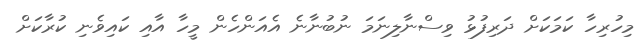
މިހުރިހާ ކަމަކަށް ދަރިފުޅު ވިސްނާލިނަމަ ނުބުނާނެ އެއަންހެން މީހާ އާއި ކައިވެނި ކުރާކަށް